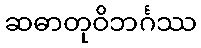
ဆဓာတုဝိဘင်္ဂဿ